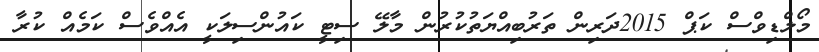
މޯލްޑިވްސް ކަޕް 2015ދަރިން ތަރުބިއްޔަތުކުރުން މާލޭ ސިޓީ ކައުންސިލަކީ އެއްވެސް ކަމެއް ކުރާ